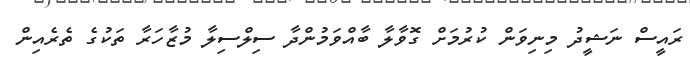
ރައީސް ނަޝީދު މިނިވަން ކުރުމަށް ގޮވާލާ ބާއްވަމުންދާ ސިލްސިލާ މުޒާހަރާ ތަކުގެ ތެރެއިން